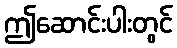
ဤဆောင်းပါးတွင်